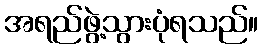
အရည်ဖွဲ့သွားပုံရသည်။